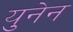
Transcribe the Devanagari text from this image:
युनेन